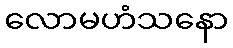
လောမဟံသနော